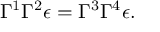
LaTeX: \Gamma ^ { 1 } \Gamma ^ { 2 } \epsilon = \Gamma ^ { 3 } \Gamma ^ { 4 } \epsilon .